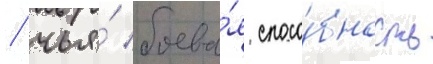
/ чья́ боева́я спосо́бность